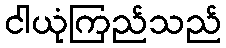
ငါယုံကြည်သည်